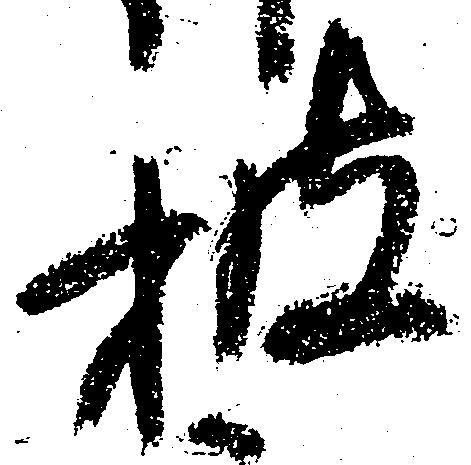
披